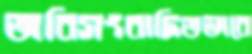
অবিসংবাদিতভাবে